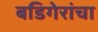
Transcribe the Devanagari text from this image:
बडिगेरांचा